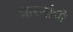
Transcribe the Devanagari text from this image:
धारणांची